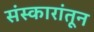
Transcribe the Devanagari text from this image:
संस्कारांतून